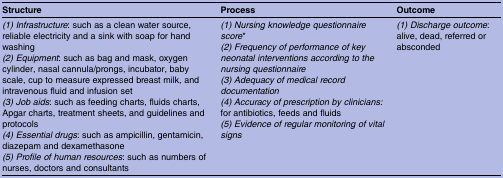
| Structure | Process | Outcome |
 | --- | --- | --- |
 | (1) Infrastructure: such as a clean water source, reliable electricity and a sink with soap for hand washing (2) Equipment: such as bag and mask, oxygen cylinder, nasal cannula/prongs, incubator, baby scale, cup to measure expressed breast milk, and intravenous fluid and infusion set (3) Job aids: such as feeding charts, fluids charts, Apgar charts, treatment sheets, and guidelines and protocols (4) Essential drugs: such as ampicillin, gentamicin, diazepam and dexamethasone (5) Profile of human resources: such as numbers of nurses, doctors and consultants | (1) Nursing knowledge questionnaire score* (2) Frequency of performance of key neonatal interventions according to the nursing questionnaire (3) Adequacy of medical record documentation (4) Accuracy of prescription by clinicians: for antibiotics, feeds and fluids (5) Evidence of regular monitoring of vital signs | (1) Discharge outcome: alive, dead, referred or absconded |